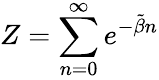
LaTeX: Z=\sum_{n=0}^{\infty}e^{-\tilde{\beta}n}